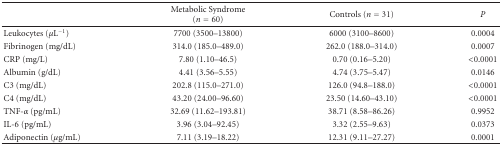
|  | Metabolic Syndrome (n = 60) | Controls (n = 31) | P |
 | --- | --- | --- | --- |
 | Leukocytes (μL−1) | 7700 (3500–13800) | 6000 (3100–8600) | 0.0004 |
 | Fibrinogen (mg/dL) | 314.0 (185.0–489.0) | 262.0 (188.0–314.0) | 0.0007 |
 | CRP (mg/L) | 7.80 (1.10–46.5) | 0.70 (0.16–5.20) | <0.0001 |
 | Albumin (g/dL) | 4.41 (3.56–5.55) | 4.74 (3.75–5.47) | 0.0146 |
 | C3 (mg/dL) | 202.8 (115.0–271.0) | 126.0 (94.8–188.0) | <0.0001 |
 | C4 (mg/dL) | 43.20 (24.00–96.60) | 23.50 (14.60–43.10) | <0.0001 |
 | TNF-α (pg/mL) | 32.69 (11.62–193.81) | 38.71 (8.58–86.26) | 0.9952 |
 | IL-6 (pg/mL) | 3.96 (3.04–92.45) | 3.32 (2.55–9.63) | 0.0373 |
 | Adiponectin (μg/mL) | 7.11 (3.19–18.22) | 12.31 (9.11–27.27) | 0.0001 |